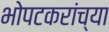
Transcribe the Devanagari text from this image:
भोपटकरांच्या